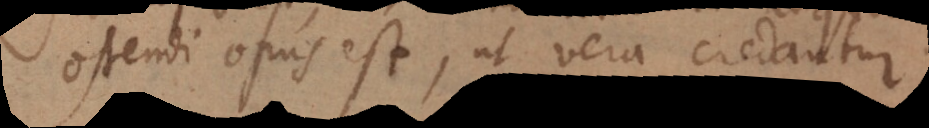
ostendi opus est, ut vera credantur